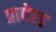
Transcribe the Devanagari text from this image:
प्रापेल्ड